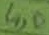
Text: 4,0